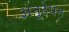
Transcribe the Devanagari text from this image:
अनुठेपन